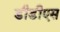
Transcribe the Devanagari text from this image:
डीडीएस